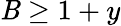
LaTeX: \mathit{B}\geq1+y